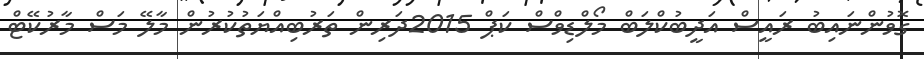
ގޮވުންނައިބު ރައީސް އަދީބުކްލަބް މޯލްޑިވްސް ކަޕް 2015ދަރިން ތަރުބިއްޔަތުކުރުން މާލޭ މަސް މާރުކޭޓް